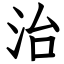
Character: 治